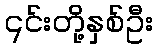
၎င်းတို့နှစ်ဦး